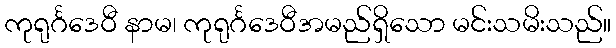
ကုရုင်္ဂဒေဝီ နာမ၊ ကုရုင်္ဂဒေဝီအမည်ရှိသော မင်းသမိးသည်။